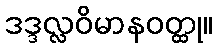
ဒဒ္ဒလ္လဝိမာနဝတ္ထု။